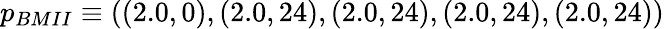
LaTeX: p_{BMII}\equiv((2.0,0),(2.0,24),(2.0,24),(2.0,24),(2.0,24))